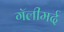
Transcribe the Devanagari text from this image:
गॅलीमर्द